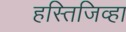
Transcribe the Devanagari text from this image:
हस्तिजिव्हा